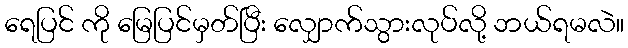
ရေပြင် ကို မြေပြင်မှတ်ပြီး လျှောက်သွားလုပ်လို့ ဘယ်ရမလဲ။